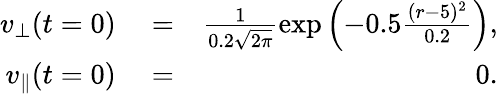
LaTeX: \begin{array}{rlr}{v_{\perp}(t=0)}&{{}=}&{\frac{1}{0.2\sqrt{2\pi}}\exp\left(-0.5\frac{(r-5)^{2}}{0.2}\right),}\\ {v_{\parallel}(t=0)}&{{}=}&{0.}\end{array}